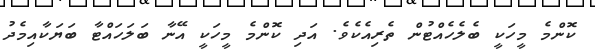
ކޮންމެ މީހަކީ ބެލެހެއްޓުން ތެރިއެކެވެ. އަދި ކޮންމެ މީހަކީ އޭނާ ބަލަހައްޓާ ބަޔަކާއިމެދު